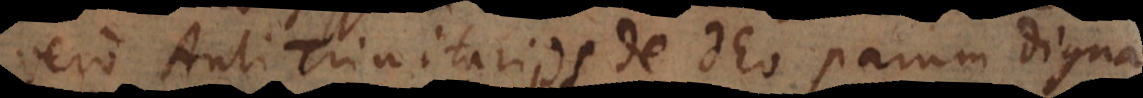
vero Anti‐Trinitariis de Deo parum digna